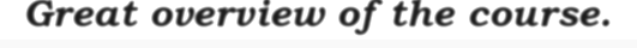
Great overview of the course.